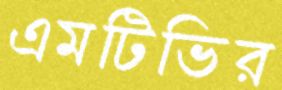
এমটিভির